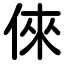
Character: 倈